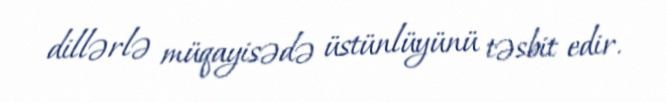
dillərlə müqayisədə üstünlüyünü təsbit edir.